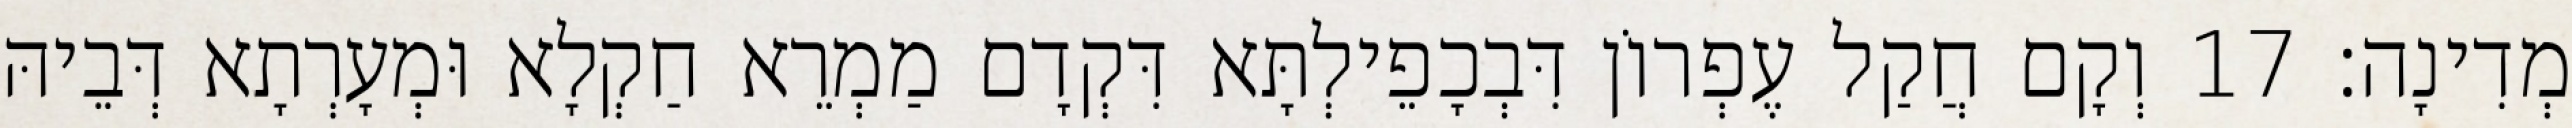
מְדִינָה׃ 17 וְקָם חֲקַל עֶפְרוֹן דִּבְכָפֵילְתָּא דִּקְדָם מַמְרֵא חַקְלָא וּמְעָרְתָא דְּבֵיהּ